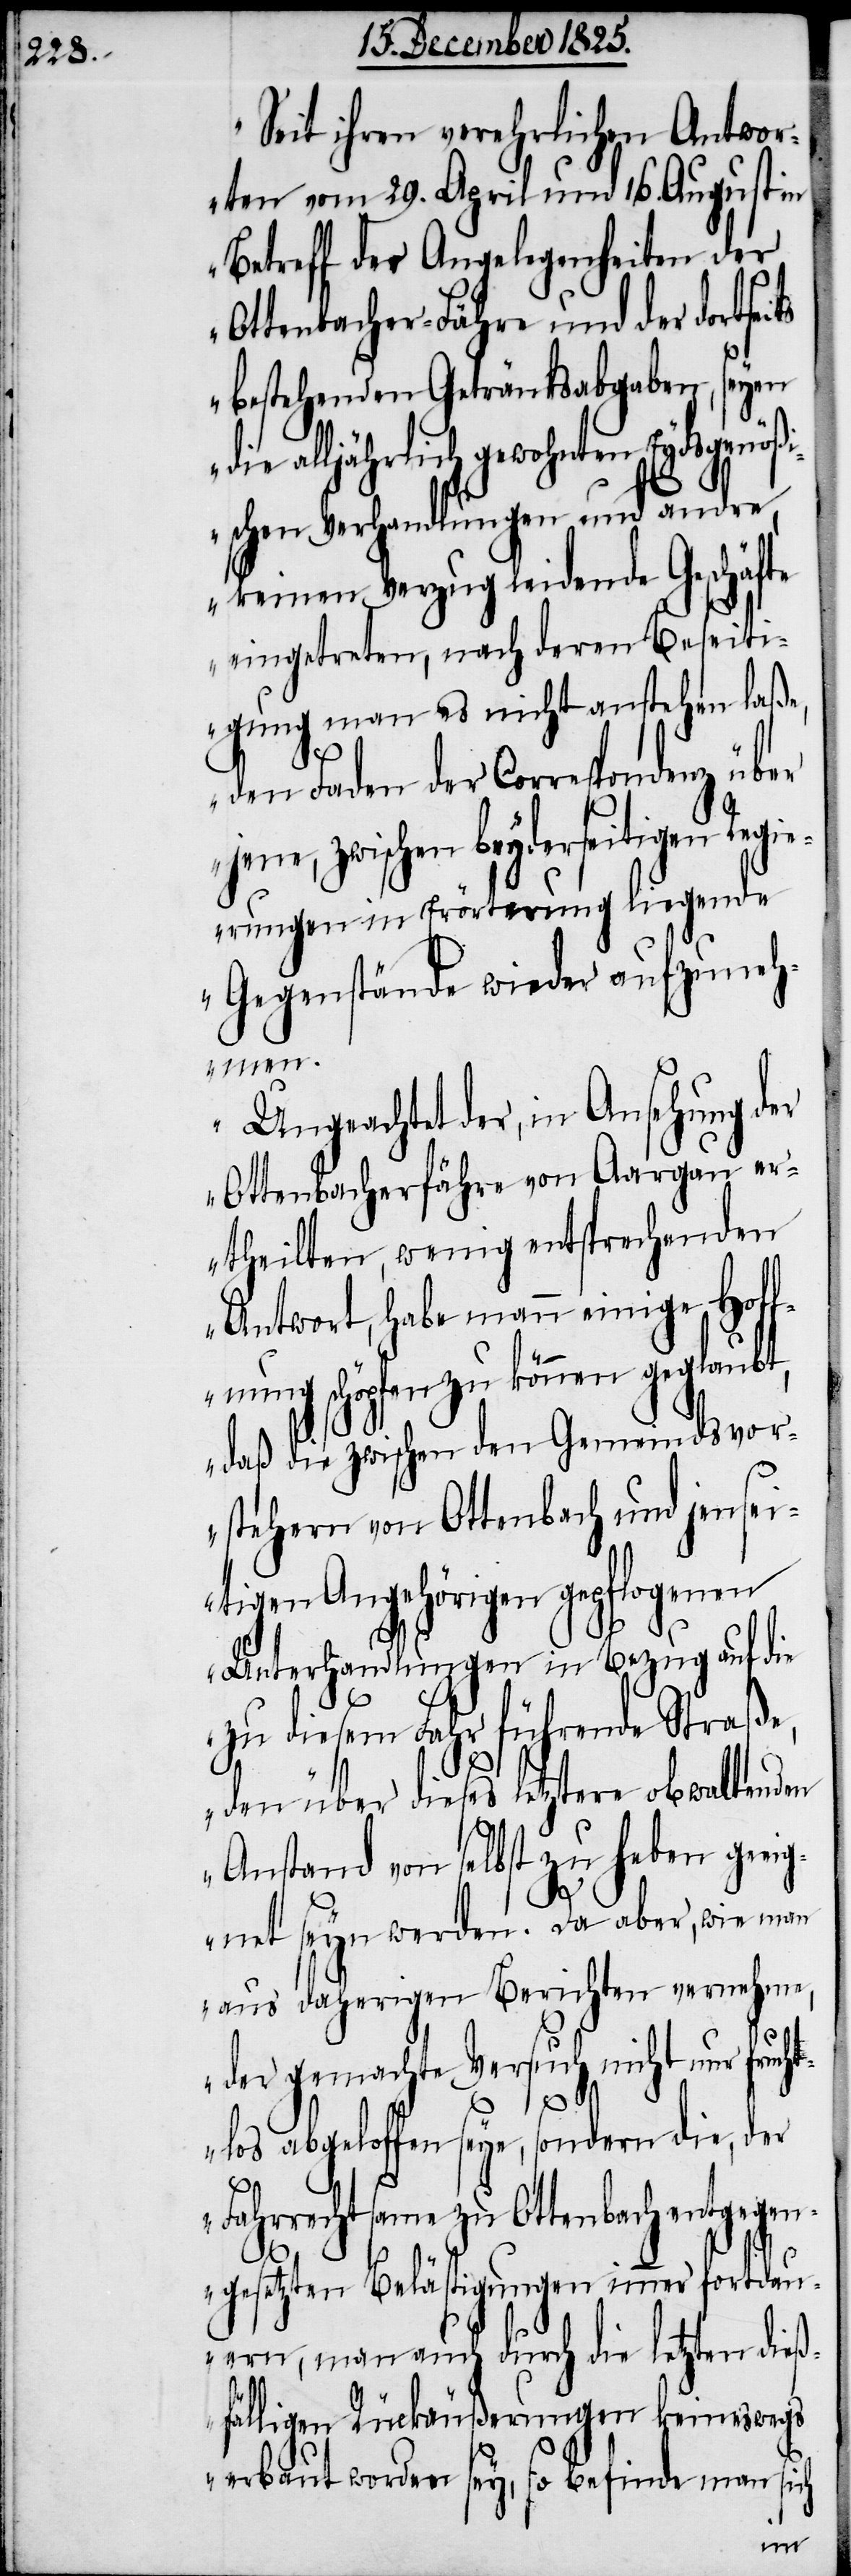
eit ihren verehrlichen Antwor¬
ten vom 29. April und 16. August in
Betreff der Angelegenheiten der
Ottenbacher-Fähre und der dortsei¬
bestehenden Getränksabgaben, seyen
die alljährlich gewohnten Eydsgenößi¬
schen Verhandlungen und andre,
keinen Verzug leidende Geschäfte
eingetreten, nach deren Beseiti¬
gung man es nicht anstehen laße,
den Faden der Corresponde¬
jene, zwischen beyderseitigen Regi¬
erungen in Erörterung liegende
Gegenstände wieder aufzuneh¬
men.
Ungeachtet der, in Ansehung der
Ottenbacherfähre von Aargau e¬
rtheilten, wenig entsprechenden
Antwort, habe mann einige Hof¬
fnung schöpfen zu können geglaubt,
daß die zwischen den Gemeindsvor¬
stehern von Ottenbach und jense¬
itigen Angehörigen gepflogenen
Unterhandlungen in Bezug auf die
„S¬
zu diesem Fahr führende Straße,
den über dieses letztere obwaltenden
Anstand von selbst zu heben geei¬
gnet seyn werden. Da aber, wie man
aus daherigen Berichten vernehme,
der gemachte Versuch nicht nur fruc¬
htlos abgeloffen seye, sondern die, der
Fahrrechtsame zu Ottenbach entgegen¬
gesetzten Belästigungen immer fortdau¬
ern, man auch durch die letzten dieß¬
fälligen Rückäußerungen keineswegs
erbaut worden sey, so befinde man sich
nz